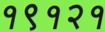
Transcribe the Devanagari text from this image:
१९१२१